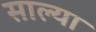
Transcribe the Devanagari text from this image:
साल्या